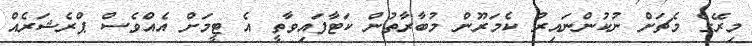
މިރޭގެ މެޗަށް ނުކުންނައިރު ކެމަރޫން މުބާރާތުން ކަޓާފައިވާތީ އެ ޓީމަށް އެއްވެސް ޕްރެޝަރެއް